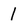
Character: l